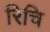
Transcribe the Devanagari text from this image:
रिचि